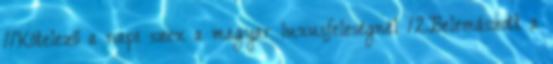
11Kötelező a napi szex a magyar luxusfeleségnél 12Belemászott a